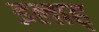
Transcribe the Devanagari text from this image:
इलाह्